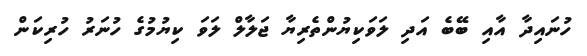
ހުނައިދާ އާއި ބޭބެ އަދި ލަވަކިޔުންތެރިޔާ ޖަލާލް ލަވަ ކިޔުމުގެ ހުނަރު ހުރިކަން